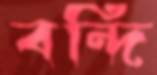
বন্দি